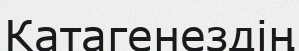
Катагенездің